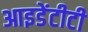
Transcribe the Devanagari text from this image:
आइडेंटीटी